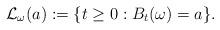
LaTeX: \begin{align*}\mathcal{L}_\omega(a):=\{t\geq 0: B_t(\omega)=a\}.\end{align*}